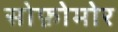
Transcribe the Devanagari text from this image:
सोफ़ोमोर